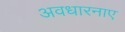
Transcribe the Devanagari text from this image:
अवधारनाए